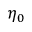
\eta _ { 0 }